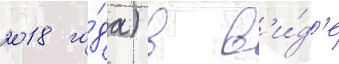
2018 го́да) в в'и́д'е